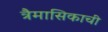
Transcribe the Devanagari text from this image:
त्रैमासिकाची